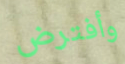
وأفترض